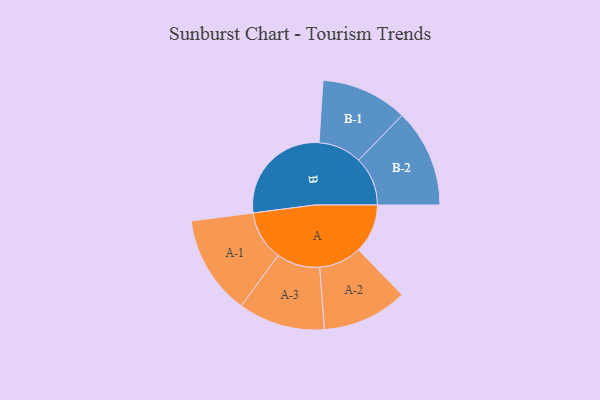
{"axis": {"x": "Segment", "y": "Value"}, "legend": ["", "A", "B"], "data": [{"x": "A", "y": 137, "type": ""}, {"x": "B", "y": 302, "type": ""}, {"x": "A-1", "y": 139, "type": "A"}, {"x": "A-2", "y": 119, "type": "A"}, {"x": "A-3", "y": 121, "type": "A"}, {"x": "B-1", "y": 121, "type": "B"}, {"x": "B-2", "y": 137, "type": "B"}]}